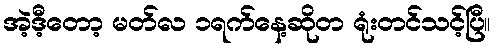
အဲ့ဒီ့တော့ မတ်လ ၁ရက်နေ့ဆိုတ ရုံးတင်သင့်ပြီ။